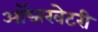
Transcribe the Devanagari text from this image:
ऑब्जरवेटरी